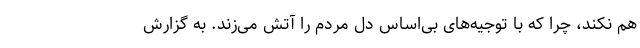
هم نکند، چرا که با توجیه‌های بی‌اساس دل مردم را آتش می‌زند. به گزارش